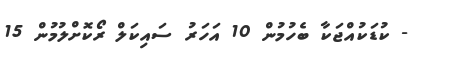
- ކުޑަކުއްޖަކާ ބެހުމުން 10 އަހަރު ސައިކަލް ރޯކޮށްލުމުން 15